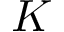
K